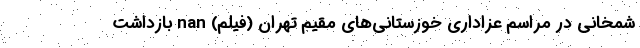
شمخانی در مراسم عزاداری خوزستانی‌های مقیم تهران (فیلم) nan بازداشت